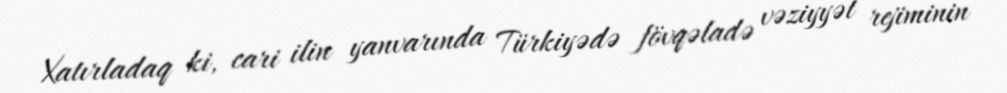
Xatırladaq ki, cari ilin yanvarında Türkiyədə fövqəladə vəziyyət rejiminin